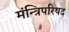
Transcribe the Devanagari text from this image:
मंन्त्रिपरिषद